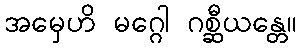
အမှေဟိ မဂ္ဂေါ ဂစ္ဆီယန္တေ။